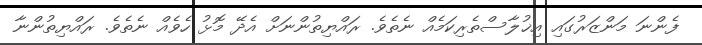
ފެންނަ މަންޒަރުގައި އިޚުލާސްތެރިކަމެއް ނެތެވެ. ރައްޔިތުންނަށް އެދޭ މޮޅު ހެވެއް ނެތެވެ. ރައްޔިތުންނާ